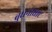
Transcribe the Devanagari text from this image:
बुधनाघाट